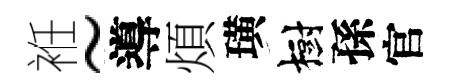
袵~導煩璜樹孫官